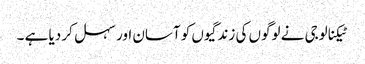
ٹیکنالوجی نے لوگوں کی زندگیوں کو آسان اور سہل کر دیا ہے ۔